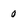
Character: 0